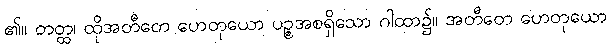
၏။ တတ္ထ၊ ထိုအတီတေ ဟေတုယော ပဉ္စအစရှိသော ဂါထာ၌။ အတီတေ ဟေတုယော